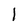
Character: 1